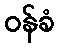
ဝန်ခံ